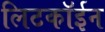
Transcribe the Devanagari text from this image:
लिटकॉईन